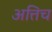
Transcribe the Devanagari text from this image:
अत्तिच